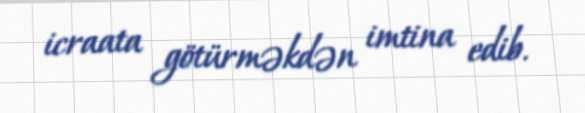
icraata götürməkdən imtina edib.